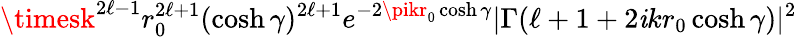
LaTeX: \timesk^{2\ell-1}r_{0}^{2\ell+1}(\cosh\gamma)^{2\ell+1}e^{-2\pikr_{0}\cosh\gamma}|\Gamma(\ell+1+2\mathit{i}kr_{0}\cosh\gamma)|^{2}